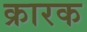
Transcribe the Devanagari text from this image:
क्रारक